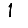
Digit: 1